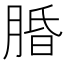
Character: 𬛆